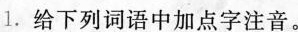
1. 给下列词语中加点字注音。